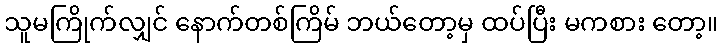
သူမကြိုက်လျှင် နောက်တစ်ကြိမ် ဘယ်တော့မှ ထပ်ပြီး မကစား တော့။